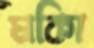
মকিা